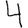
Digit: 4